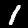
Label: 1